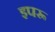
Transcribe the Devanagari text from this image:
इपरू